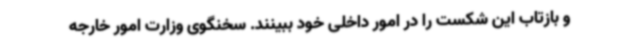
و بازتاب این شکست را در امور داخلی خود ببینند. سخنگوی وزارت امور خارجه